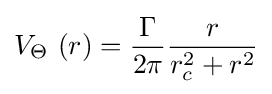
V_{\Theta }\ (r)={\frac {\Gamma }{2\pi }}{\frac {r}{r_{c}^{2}+r^{2}}}